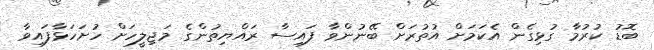
ބޮޑު ކުރުމާ ގުޅިގެން އެކަމަށް އުތުރަށް ބޭނުންވާ ފައިސާ ރައްޔިތުންގެ މަޖިލީހަށް ހުށަހަޅާފައިވާ